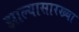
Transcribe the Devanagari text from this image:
झाल्यासारख्या